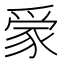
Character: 𧱌